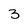
Character: 3